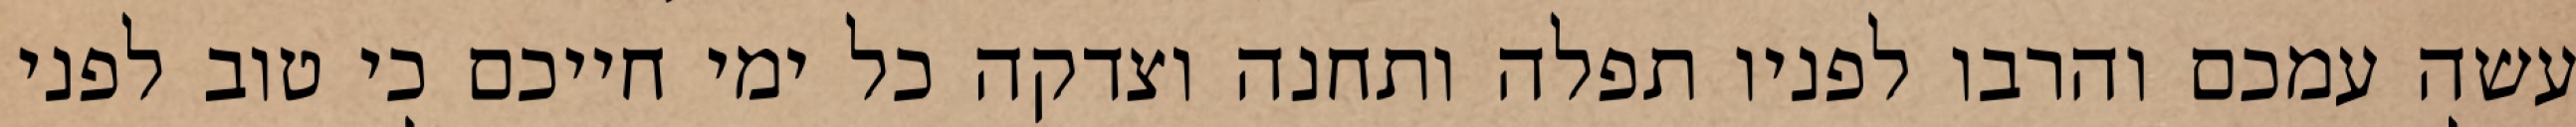
עשה עמכם והרבו לפניו תפלה ותחנה וצדקה כל ימי חייכם כי טוב לפני